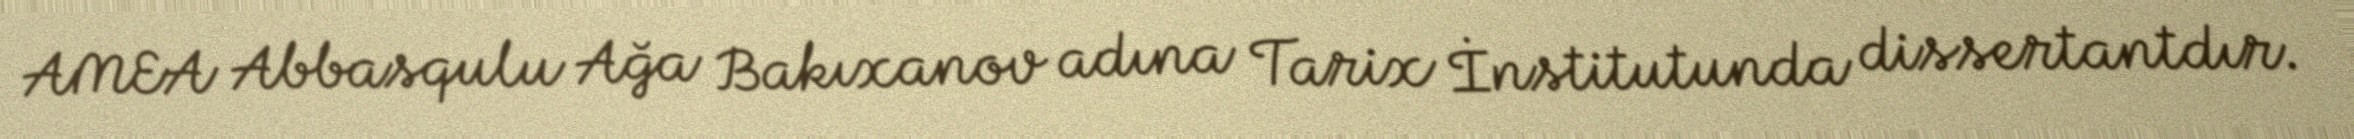
AMEA Abbasqulu Ağa Bakıxanov adına Tarix İnstitutunda dissertantdır.